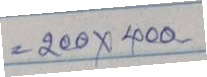
= 200x400